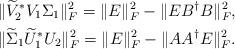
LaTeX: \begin{align*}&\|\widetilde{V}_{2}^{\ast}V_{1}\Sigma_{1}\|_{F}^{2}=\|E\|_{F}^{2}-\|EB^{\dagger}B\|_{F}^{2},\\ &\|\widetilde{\Sigma}_{1}\widetilde{U}_{1}^{\ast}U_{2}\|_{F}^{2}=\|E\|_{F}^{2}-\|AA^{\dagger}E\|_{F}^{2}.\end{align*}